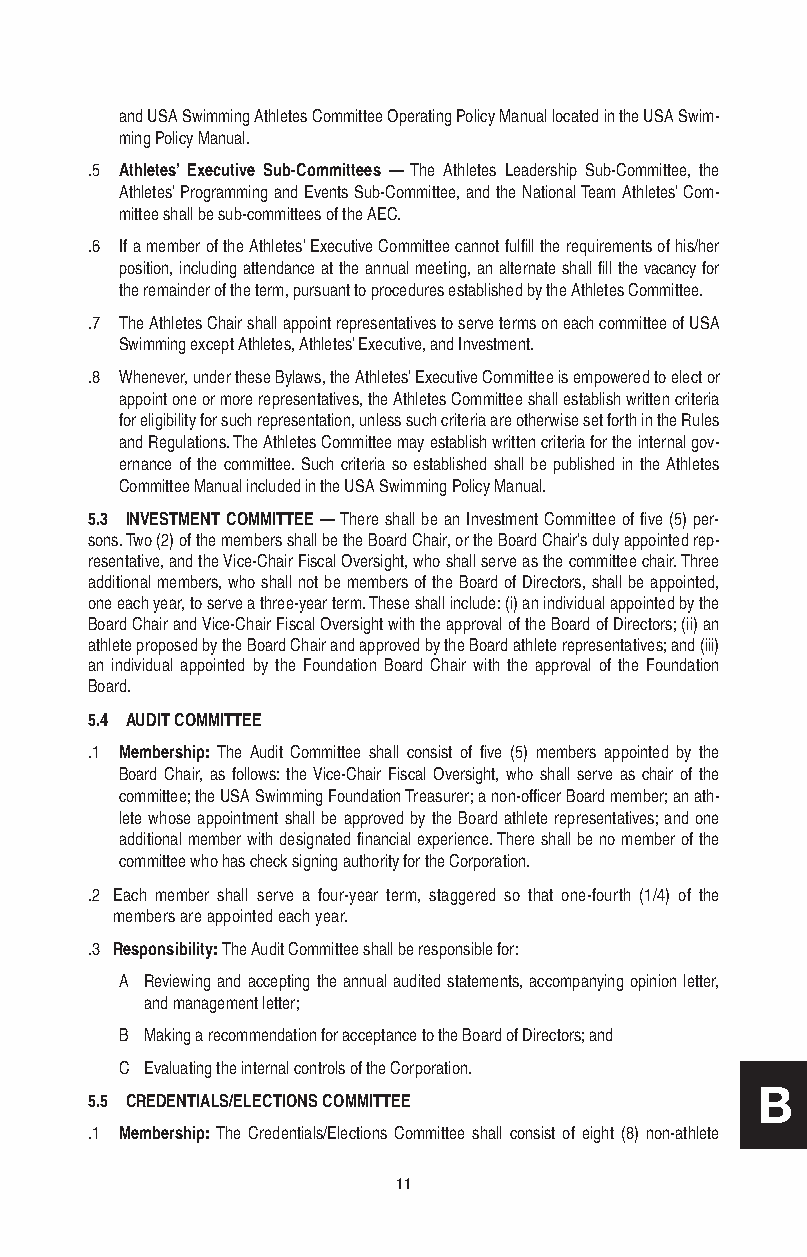
and USA Swimming Athletes Committee Operating Policy Manual located in the USA Swim-
 ming Policy Manual.
 .5 Athletes’ Executive Sub-Committees — The Athletes Leadership Sub-Committee, the
 Athletes’ Programming and Events Sub-Committee, and the National Team Athletes’ Com-
 mittee shall be sub-committees of the AEC.
 .6 If a member of the Athletes’ Executive Committee cannot fulfill the requirements of his/her
 position, including attendance at the annual meeting, an alternate shall fill the vacancy for
 the remainder of the term, pursuant to procedures established by the Athletes Committee.
 .7 The Athletes Chair shall appoint representatives to serve terms on each committee of USA
 Swimming except Athletes, Athletes’ Executive, and Investment.
 .8 Whenever, under these Bylaws, the Athletes’ Executive Committee is empowered to elect or
 appoint one or more representatives, the Athletes Committee shall establish written criteria
 for eligibility for such representation, unless such criteria are otherwise set forth in the Rules
 and Regulations. The Athletes Committee may establish written criteria for the internal gov-
 ernance of the committee. Such criteria so established shall be published in the Athletes
 Committee Manual included in the USA Swimming Policy Manual.
 5.3 INVESTMENT COMMITTEE — There shall be an Investment Committee of five (5) per-
 sons. Two (2) of the members shall be the Board Chair, or the Board Chair’s duly appointed rep-
 resentative, and the Vice-Chair Fiscal Oversight, who shall serve as the committee chair. Three
 additional members, who shall not be members of the Board of Directors, shall be appointed,
 one each year, to serve a three-year term. These shall include: (i) an individual appointed by the
 Board Chair and Vice-Chair Fiscal Oversight with the approval of the Board of Directors; (ii) an
 athlete proposed by the Board Chair and approved by the Board athlete representatives; and (iii)
 an individual appointed by the Foundation Board Chair with the approval of the Foundation
 Board.
 5.4 AUDIT COMMITTEE
 .1 Membership: The Audit Committee shall consist of five (5) members appointed by the
 Board Chair, as follows: the Vice-Chair Fiscal Oversight, who shall serve as chair of the
 committee; the USA Swimming Foundation Treasurer; a non-officer Board member; an ath-
 lete whose appointment shall be approved by the Board athlete representatives; and one
 additional member with designated financial experience. There shall be no member of the
 committee who has check signing authority for the Corporation.
 .2 Each member shall serve a four-year term, staggered so that one-fourth (1/4) of the
 members are appointed each year.
 .3 Responsibility: The Audit Committee shall be responsible for:
 A Reviewing and accepting the annual audited statements, accompanying opinion letter,
 and management letter;
 B Making a recommendation for acceptance to the Board of Directors; and
 C Evaluating the internal controls of the Corporation.
 B
 5.5 CREDENTIALS/ELECTIONS COMMITTEE
 .1 Membership: The Credentials/Elections Committee shall consist of eight (8) non-athlete
 11